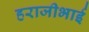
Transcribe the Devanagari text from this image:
हराजीभाई